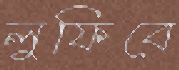
লুফিবে